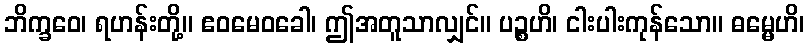
ဘိက္ခဝေ၊ ရဟန်းတို့။ ဧဝမေဝခေါ၊ ဤအတူသာလျှင်။ ပဉ္စဟိ၊ ငါးပါးကုန်သော။ ဓမ္မေဟိ၊